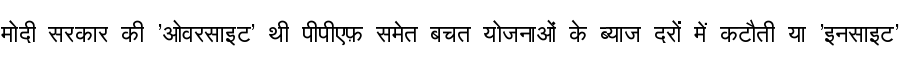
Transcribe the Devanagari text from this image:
मोदी सरकार की 'ओवरसाइट' थी पीपीएफ़ समेत बचत योजनाओं के ब्याज दरों में कटौती या 'इनसाइट'